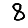
Digit: 8